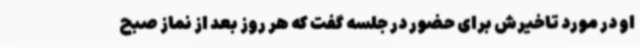
او در مورد تاخیرش برای حضور در جلسه گفت که هر روز بعد از نماز صبح